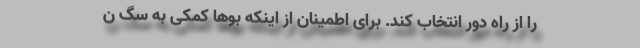
را از راه دور انتخاب کند. برای اطمینان از اینکه بوها کمکی به سگ ن